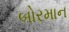
બોરમાન